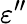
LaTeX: \varepsilon^{"}